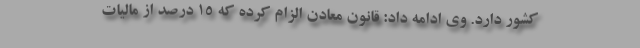
کشور دارد. وی ادامه داد: قانون معادن الزام کرده که ۱۵ درصد از مالیات